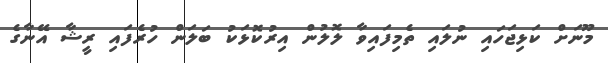
މޫނަށް ކަޅިޖަހައި ނުލައި ތެމިފައިވާ ލޮލުން އިރުކޮޅަކު ބަލަން ހުރެފައި ރީޝާ އޭނާގެ